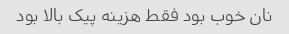
نان خوب بود فقط هزینه پیک بالا بود